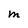
Character: M